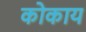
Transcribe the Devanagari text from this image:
कोकाय